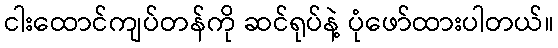
ငါးထောင်ကျပ်တန်ကို ဆင်ရုပ်နဲ့ ပုံဖော်ထားပါတယ်။